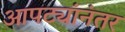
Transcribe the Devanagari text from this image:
आपट्यांनंतर